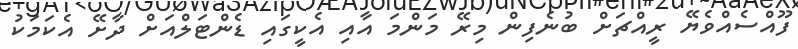
ފޫއްސެއްވެޔޭ ރީއްޗަށް ބުނެފިން މިރޭ މަންމަ އާއި އެކީގައި ޑެންޓަލްއަށް ދާށޭ އެކަމަކު